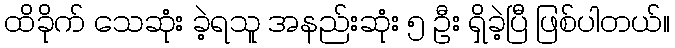
ထိခိုက် သေဆုံး ခဲ့ရသူ အနည်းဆုံး ၅ ဦး ရှိခဲ့ပြီ ဖြစ်ပါတယ်။